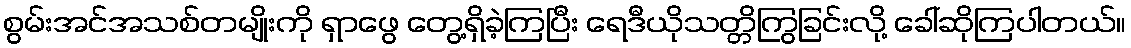
စွမ်းအင်အသစ်တမျိုးကို ရှာဖွေ တွေ့ရှိခဲ့ကြပြီး ရေဒီယိုသတ္တိကြွခြင်းလို့ ခေါ်ဆိုကြပါတယ်။